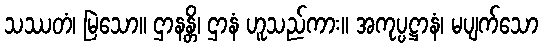
သဿတံ၊ မြဲသော။ ဌာနန္တိ၊ ဌာနံ ဟူသည်ကား။ အကုပ္ပဋ္ဌာနံ၊ မပျက်သော